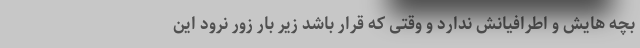
بچه هایش و اطرافیانش ندارد و وقتی که قرار باشد زیر بار زور نرود این